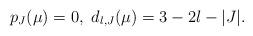
LaTeX: \begin{align*}p_J(\mu)=0,\ d_{l,J}(\mu)=3-2l-|J|.\end{align*}